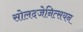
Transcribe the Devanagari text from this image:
सोलदजेनित्सयन